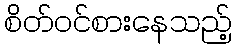
စိတ်ဝင်စားနေသည့်